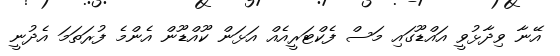
އޭނާ ވިދާޅުވީ އައްޑޫގައި މަސް ފެކްޓަރީއެއް އަޅަން ކޫއްޑޫން އެންމެ ފުރަތަމަ އެދުނީ